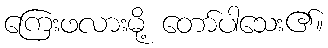
ကြေးဖလားမို့ တော်ပါသေး၏။